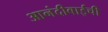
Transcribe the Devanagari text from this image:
आनंदीबाईची